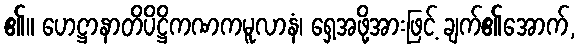
၏။ ဟေဋ္ဌာနာတိပိဋ္ဌိကဏကမူလာနံ၊ ရှေ့အဖို့အားဖြင့် ချက်၏အောက်,